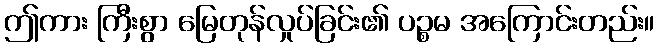
ဤကား ကြီးစွာ မြေတုန်လှုပ်ခြင်း၏ ပဉ္စမ အကြောင်းတည်း။